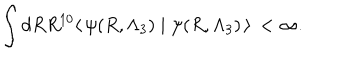
\int d R R ^ { 1 0 } \langle \, \psi ( R , \Lambda _ { 3 } ) \mid \psi ( R , \Lambda _ { 3 } ) \, \rangle \, < \infty .